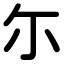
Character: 尓